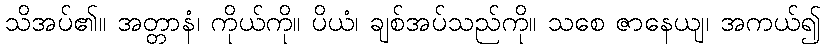
သိအပ်၏။ အတ္တာနံ၊ ကိုယ်ကို။ ပိယံ၊ ချစ်အပ်သည်ကို။ သစေ ဇာနေယျ၊ အကယ်၍